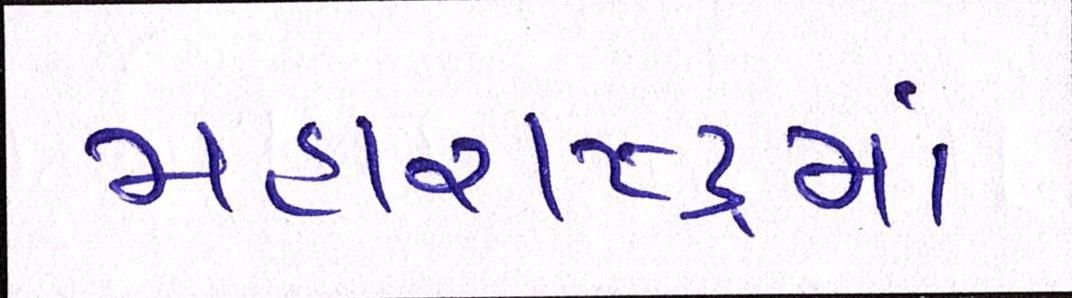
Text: મહારાષ્ટ્રમાં